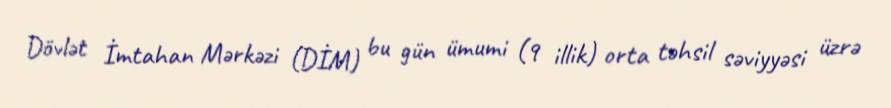
Dövlət İmtahan Mərkəzi (DİM) bu gün ümumi (9 illik) orta təhsil səviyyəsi üzrə